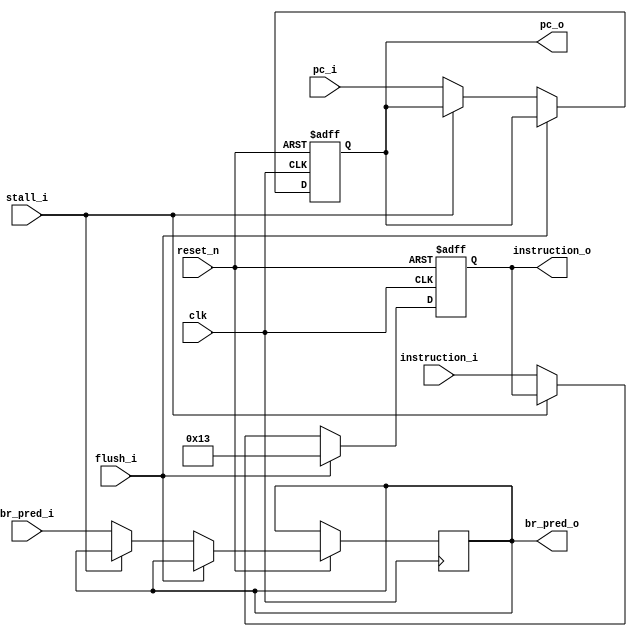
module if_id_register (
    input wire clk,
    input wire reset_n,

    input wire [31:0] instruction_i,
    input wire [31:0] pc_i,
    input wire br_pred_i,
    input wire stall_i,
    input wire flush_i,

    output wire [31:0] instruction_o,
    output wire [31:0] pc_o,
    output wire br_pred_o
);

    reg [31:0] instruction;
    reg [31:0] pc;
    reg br_pred;

    always @(posedge clk or negedge reset_n) begin
        if (!reset_n) begin
            instruction <= 32'h0013; // Set to NOP (addi x0, x0, 0)
            pc <= 0;
        end else begin
            if (flush_i) begin
                instruction <= 32'h0013;
            end else if (!stall_i) begin
                instruction <= instruction_i;
                pc <= pc_i;
                br_pred <= br_pred_i;
            end
        end
    end

    assign instruction_o = instruction;
    assign pc_o = pc;
    assign br_pred_o = br_pred;

endmodule